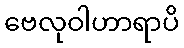
ဗေလုဝါဟာရာပိ